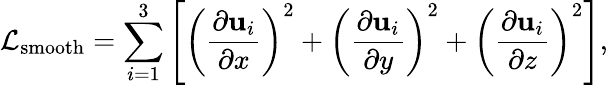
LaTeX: \mathcal{L}_{\mathrm{smooth}}=\sum_{i=1}^{3}\left[\left(\frac{\partial\mathrm{\mathbf{u}}_{i}}{\partial x}\right)^{2}+\left(\frac{\partial\mathrm{\mathbf{u}}_{i}}{\partial y}\right)^{2}+\left(\frac{\partial\mathrm{\mathbf{u}}_{i}}{\partial z}\right)^{2}\right],